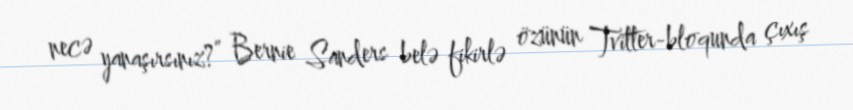
necə yanaşırsınız?” Bernie Sanders belə fikirlə özünün Tvitter-bloqunda çıxış